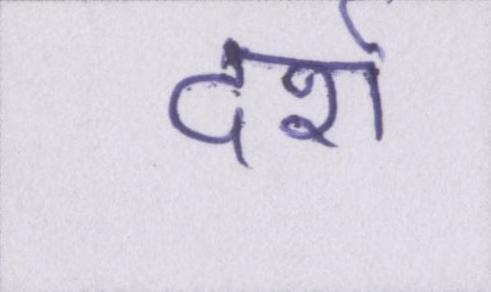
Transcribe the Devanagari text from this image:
दर्रा